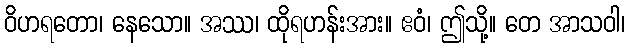
ဝိဟရတော၊ နေသော။ အဿ၊ ထိုရဟန်းအား။ ဧဝံ၊ ဤသို့။ တေ အာသဝါ၊